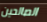
الصالحين